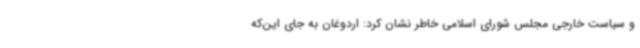
و سیاست خارجی مجلس شورای اسلامی خاطر نشان کرد: اردوغان به جای این‌که